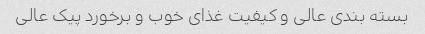
بسته بندی عالی و کیفیت غذای خوب و برخورد پیک عالی